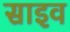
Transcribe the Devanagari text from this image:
साइव